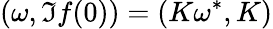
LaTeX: (\omega,\Im f(0))=(K\omega^{*},K)